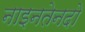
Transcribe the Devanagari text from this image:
नाइनतेनदो